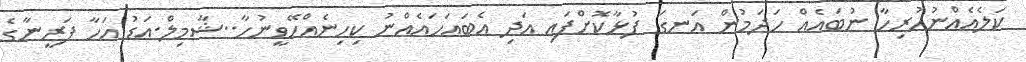
ކަލެއެއްނުހުރިހާ ނުބައެއް ހަދަމުން އަނގަ ފުޅާކޮށްފައި އަދި އެބައަހައެއްނު ކިހިނެއްހޭވީނުހާ..ޝާމިލް.އަޑު އަހާ ފަރީނާގެ